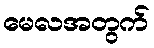
မေလအတွက်